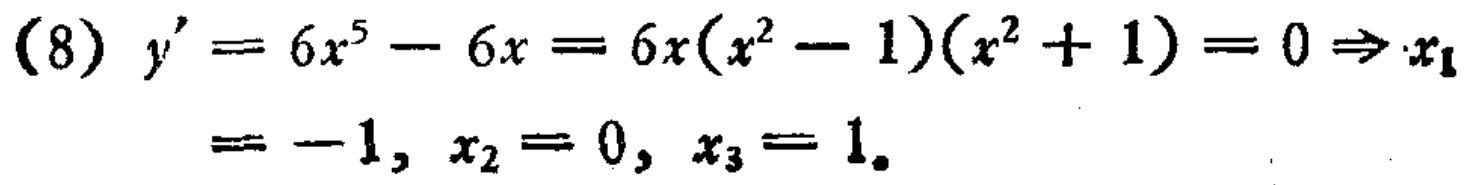
(8) \(y' = 6x^{5}-6x = 6x(x^{2}-1)(x^{2}+1)=0 \Rightarrow x_{1}=-1, x_{2}=0, x_{3}=1\).